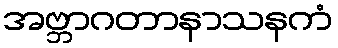
အဗ္ဘာဂတာနာသနကံ